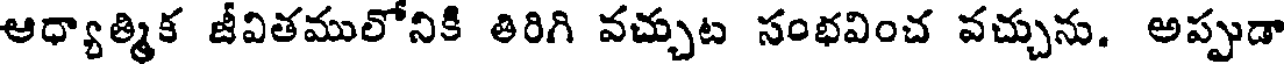
ఆధ్యాత్మిక జీవితములోనికి తిరిగి వచ్చుట సంభవించ వచ్చును. అప్పుడా